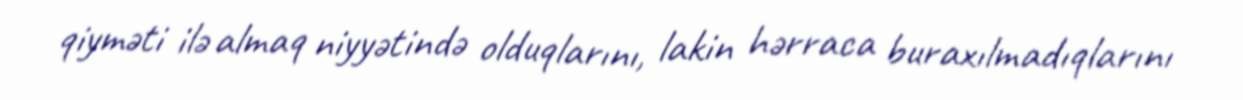
qiyməti ilə almaq niyyətində olduqlarını, lakin hərraca buraxılmadıqlarını